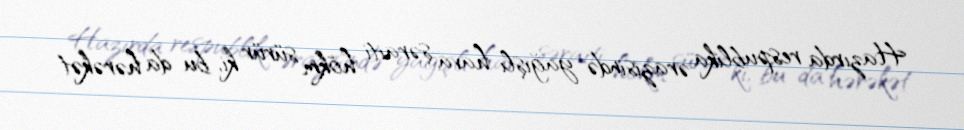
Hazırda respublika ərazisində yağışlı hava şəraiti hökm sürür ki, bu da hərəkət